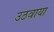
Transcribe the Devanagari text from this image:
उठवाया